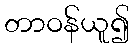
တာဝန်ယူ၍